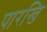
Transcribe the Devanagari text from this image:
पारखि